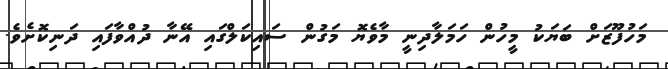
މަހުފޫޒަށް ބަޔަކު މީހުން ހަމަލާދިނީ މާވެޔޮ މަގުން ސައިކަލްގައި އޭނާ ދުއްވާފައި ދަނިކޮށެވެ.